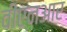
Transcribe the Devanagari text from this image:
वीएनआर